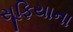
સૂફિયાના